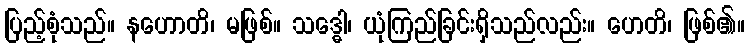
ပြည့်စုံသည်။ နဟောတိ၊ မဖြစ်။ သဒ္ဓေါ၊ ယုံကြည်ခြင်းရှိသည်လည်း။ ဟေတိ၊ ဖြစ်၏။